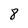
Character: 8